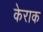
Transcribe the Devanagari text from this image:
केराक